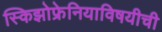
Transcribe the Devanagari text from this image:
स्किझोफ्रेनियाविषयीची